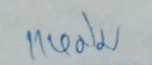
แหม่ม